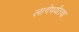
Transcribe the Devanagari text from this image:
लागेपर्यंतचा